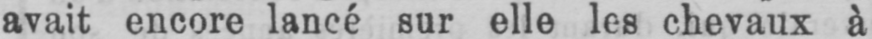
avait encore lancé sur elle les chevaux à